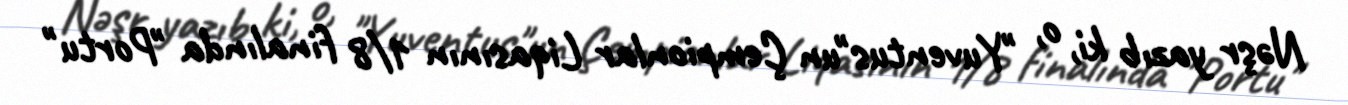
Nəşr yazıb ki, o, "Yuventus"un Çempionlar Liqasının 1/8 finalında "Portu"